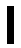
၊